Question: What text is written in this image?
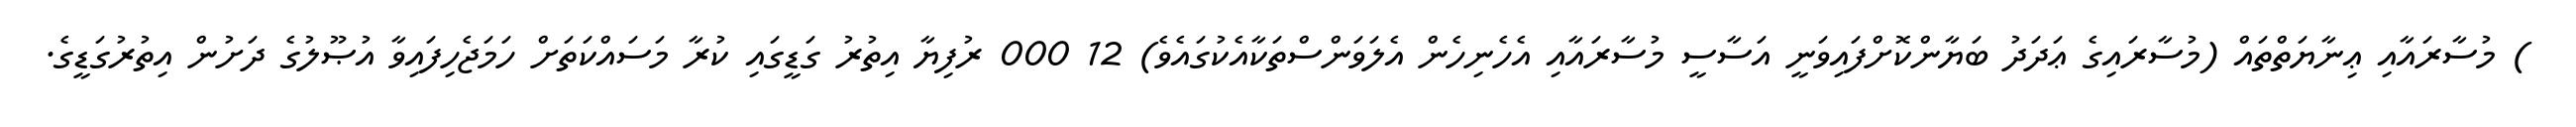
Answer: ) މުސާރައާއި ޢިނާޔަތްތައް (މުސާރައިގެ ޢަދަދު ބަޔާންކޮށްފައިވަނީ އަސާސީ މުސާރައާއި އެހެނިހެން އެލަވަންސްތަކާއެކުގައެވެ) 12 000 ރުފިޔާ އިތުރު ގަޑީގައި ކުރާ މަސައްކަތަށް ހަމަޖެހިފައިވާ އުޞޫލުގެ ދަށުން އިތުރުގަޑީގެ.